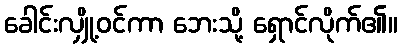
ခေါင်းလျှို့ဝင်ကာ ဘေးသို့ ရှောင်လိုက်၏။